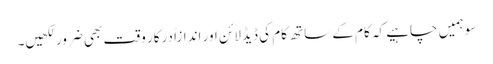
سو ہمیں چاہیے کہ کام کے ساتھ کام کی ڈیڈ لائن اور اندازاً درکار وقت بھی ضرور لکھیں۔